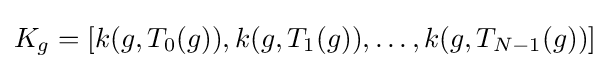
K_{g}=[k(g,T_{0}(g)),k(g,T_{1}(g)),\dots ,k(g,T_{N-1}(g))]